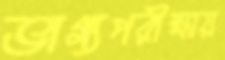
ভাগ্যপরীক্ষায়